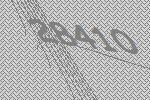
28410